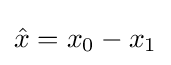
{\hat {x}}=x_{0}-x_{1}